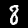
Label: 8